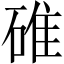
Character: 碓